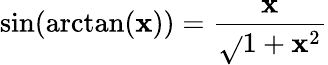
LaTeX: \sin(\arctan(\mathbf{x}))={\frac{{\mathbf{x}}}{{\sqrt{}{{1+\mathbf{x}^{2}}}}}}